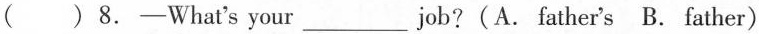
( ) 8.-What's your___job?(A. father's B. father)